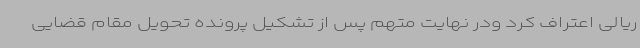
ریالی اعتراف کرد ودر نهایت متهم پس از تشکیل پرونده تحویل مقام قضایی